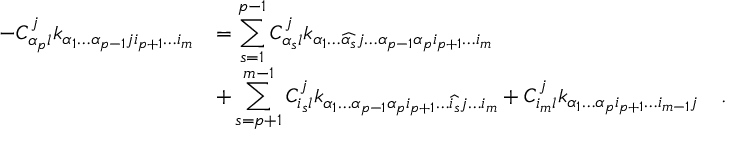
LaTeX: \begin{array} { l l } { { \displaystyle - C _ { \alpha _ { p } l } ^ { j } k _ { \alpha _ { 1 } \dots \alpha _ { p - 1 } j i _ { p + 1 } \dots i _ { m } } } } & { { = \displaystyle \sum _ { s = 1 } ^ { p - 1 } C _ { \alpha _ { s } l } ^ { j } k _ { \alpha _ { 1 } \dots \widehat { \alpha _ { s } } j \dots \alpha _ { p - 1 } \alpha _ { p } i _ { p + 1 } \dots i _ { m } } } } \\ { { } } & { { + \displaystyle \sum _ { s = p + 1 } ^ { m - 1 } C _ { i _ { s } l } ^ { j } k _ { \alpha _ { 1 } \dots \alpha _ { p - 1 } \alpha _ { p } i _ { p + 1 } \dots \widehat { i _ { s } } j \dots i _ { m } } + C _ { i _ { m } l } ^ { j } k _ { \alpha _ { 1 } \dots \alpha _ { p } i _ { p + 1 } \dots i _ { m - 1 } j } \quad . } } \end{array}